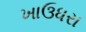
ખાઉધરા